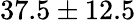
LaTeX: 37.5\pm 12.5